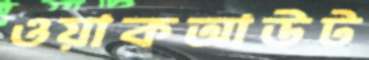
ওয়াকআউট